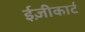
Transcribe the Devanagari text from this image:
ईज़ीकार्ट